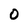
Character: 0